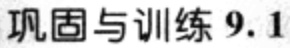
巩固与训练 9.1